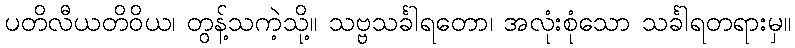
ပတိလီယတိဝိယ၊ တွန့်သကဲ့သို့။ သဗ္ဗသင်္ခါရတော၊ အလုံးစုံသော သင်္ခါရတရားမှ။